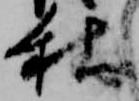
秋